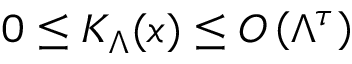
0 \le K _ { \Lambda } ( x ) \le { \cal { O } } \left( \Lambda ^ { \tau } \right)